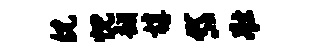
倪忱翻椁岱壮